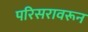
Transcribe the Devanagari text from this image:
परिसरावरून